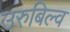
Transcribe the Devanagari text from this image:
उरुबिल्व